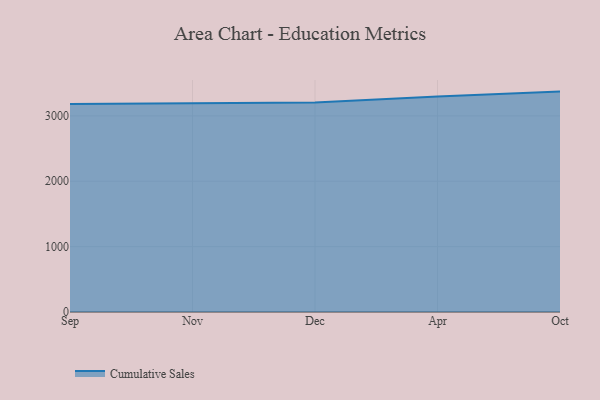
{"axis": {"x": "Month", "y": "Backlog"}, "legend": ["Cumulative Sales"], "data": [{"x": "Sep", "y": 3183.0, "type": "Cumulative Sales"}, {"x": "Nov", "y": 3194.0, "type": "Cumulative Sales"}, {"x": "Dec", "y": 3206.8, "type": "Cumulative Sales"}, {"x": "Apr", "y": 3296.2, "type": "Cumulative Sales"}, {"x": "Oct", "y": 3371.7, "type": "Cumulative Sales"}]}